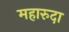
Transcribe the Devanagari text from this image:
महारुदा